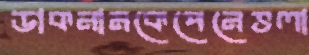
ডাকনামকেপেনেভলা